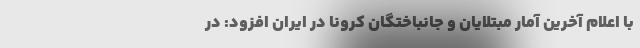
با اعلام آخرین آمار مبتلایان و جانباختگان کرونا در ایران افزود: در